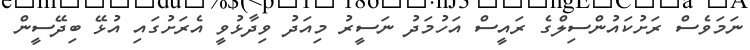
ނަމަވެސް ރަށުކައުންސިލްގެ ރައީސް އަހުމަދު ނަސީރު މިއަދު ވިދާޅުވީ އެރަށުގައި އުޅޭ ބިދޭސީން